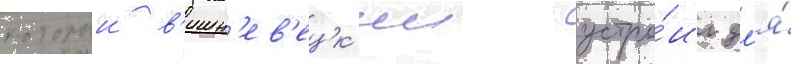
которыи в'ишн'ев'ецк'ии устро́ил дл'я́